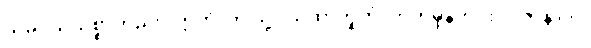
သမုဒယသစ္စာတည်း။ ဣတိ၊ ဤသို့။ ယထာဘူတံ၊ ဟုတ်မှန်တိုင်း။ ပဇာနာတိ၊